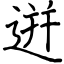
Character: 逬